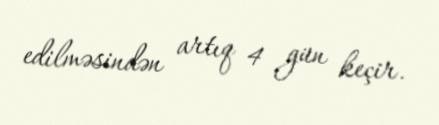
edilməsindən artıq 4 gün keçir.